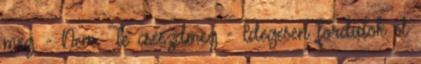
meg. - Nem. Te cseszdmeg - Idegesen fordulok el